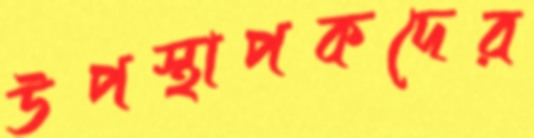
উপস্থাপকদের